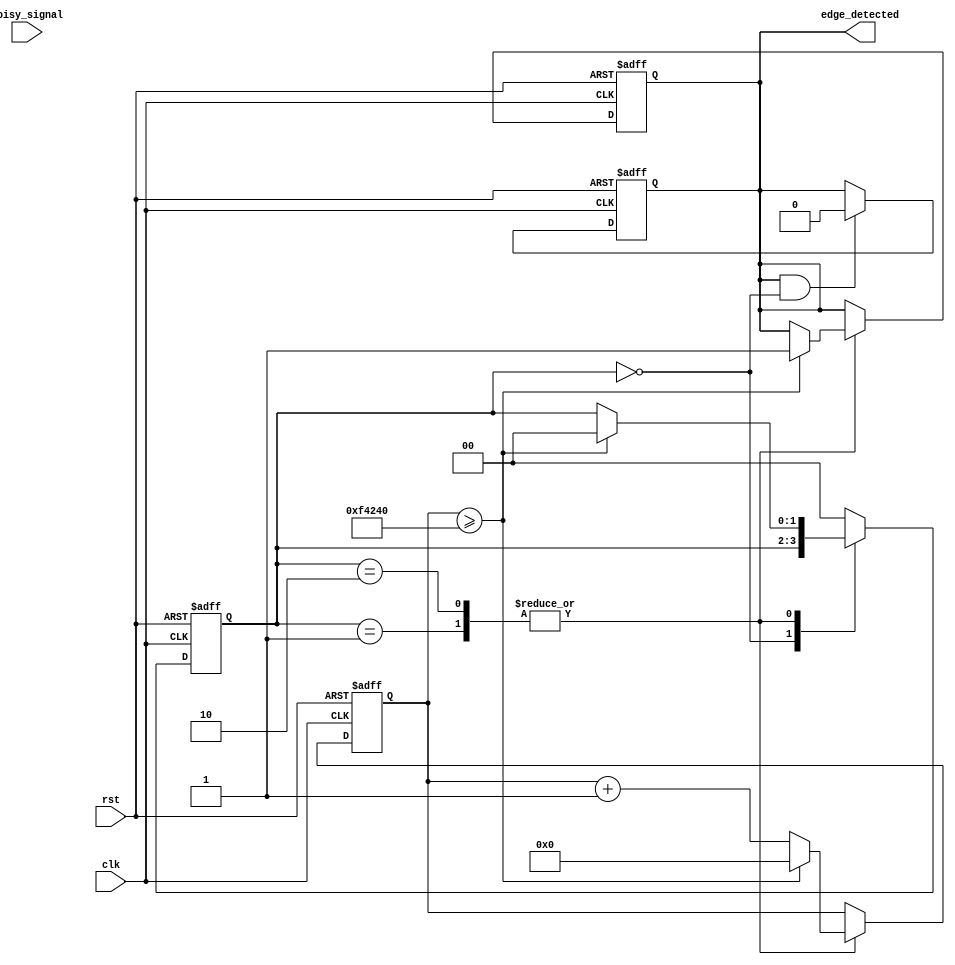
module debounced_edge_detector #(
    parameter DEBOUNCE_TIME = 1000000 // Set debounce time in clock cycles
)(
    input wire clk,
    input wire rst,          // Active high reset
    input wire noisy_signal, // Input signal to be debounced
    output reg edge_detected  // Output signal indicating edge detection
);

    reg [1:0] state;         // Current and previous state storage
    reg [19:0] debounce_counter; // Counter for debounce timing

    // State encoding
    localparam S_IDLE = 2'b00; // Stable state
    localparam S_RISE = 2'b01; // Rising edge detected
    localparam S_FALL = 2'b10; // Falling edge detected

    // State update and counter logic
    always @(posedge clk or posedge rst) begin
        if (rst) begin
            state <= S_IDLE;
            edge_detected <= 0;
            debounce_counter <= 0;
        end else begin
            case (state)
                S_IDLE: begin
                    // Check for rising or falling edge
                    if (noisy_signal != noisy_signal) begin
                        debounce_counter <= 0; // Reset the debounce counter
                        if (noisy_signal) begin
                            state <= S_RISE; // Transition to rising edge state
                        end else begin
                            state <= S_FALL; // Transition to falling edge state
                        end
                    end
                end

                S_RISE: begin
                    debounce_counter <= debounce_counter + 1;
                    if (debounce_counter >= DEBOUNCE_TIME) begin
                        edge_detected <= 1; // Rising edge detected after debounce time
                        state <= S_IDLE; // Go back to idle state
                        debounce_counter <= 0; // Reset debounce counter
                    end
                end

                S_FALL: begin
                    debounce_counter <= debounce_counter + 1;
                    if (debounce_counter >= DEBOUNCE_TIME) begin
                        edge_detected <= 1; // Falling edge detected after debounce time
                        state <= S_IDLE; // Go back to idle state
                        debounce_counter <= 0; // Reset debounce counter
                    end
                end

                default: begin
                    state <= S_IDLE; // Default to idle state
                end
            endcase
        end
    end

    // Reset edge_detected after it has been acknowledged
    always @(posedge clk or posedge rst) begin
        if (rst) begin
            edge_detected <= 0;
        end else if (edge_detected && state == S_IDLE) begin
            edge_detected <= 0; // Acknowledge the edge
        end
    end

endmodule